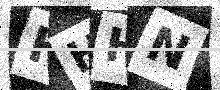
Text: HHHN